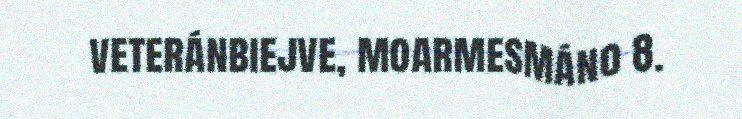
veteránbiejve, moarmesmáno 8.